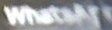
Whatsapp